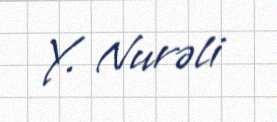
Y. Nurəli